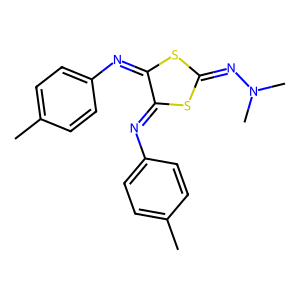
SMILES: Cc1ccc(N=C2SC(=NN(C)C)SC2=Nc2ccc(C)cc2)cc1
Inhibits HIV replication: No